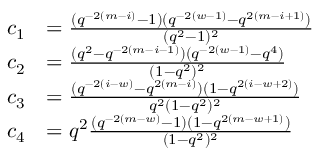
\begin{array} { r l } { c _ { 1 } } & { = \frac { ( q ^ { - 2 ( m - i ) } - 1 ) ( q ^ { - 2 ( w - 1 ) } - q ^ { 2 ( m - i + 1 ) } ) } { ( q ^ { 2 } - 1 ) ^ { 2 } } } \\ { c _ { 2 } } & { = \frac { ( q ^ { 2 } - q ^ { - 2 ( m - i - 1 ) } ) ( q ^ { - 2 ( w - 1 ) } - q ^ { 4 } ) } { ( 1 - q ^ { 2 } ) ^ { 2 } } } \\ { c _ { 3 } } & { = \frac { ( q ^ { - 2 ( i - w ) } - q ^ { 2 ( m - i ) } ) ( 1 - q ^ { 2 ( i - w + 2 ) } ) } { q ^ { 2 } ( 1 - q ^ { 2 } ) ^ { 2 } } } \\ { c _ { 4 } } & { = q ^ { 2 } \frac { ( q ^ { - 2 ( m - w ) } - 1 ) ( 1 - q ^ { 2 ( m - w + 1 ) } ) } { ( 1 - q ^ { 2 } ) ^ { 2 } } } \end{array}